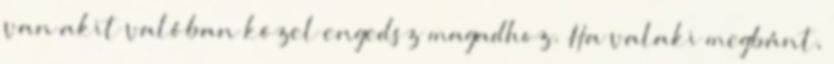
van akit valóban közel engedsz magadhoz. Ha valaki megbánt,